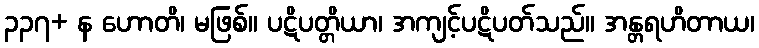
၃၃၇+ န ဟောတိ၊ မဖြစ်။ ပဋိပတ္တိယာ၊ အကျင့်ပဋိပတ်သည်။ အန္တရဟိတာယ၊